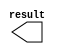
module lpm_constant_x1 (
	result);

	output	[10:0]  result;

endmodule